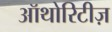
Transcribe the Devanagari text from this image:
ऑथोरिटीज़